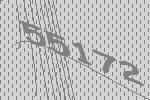
55172